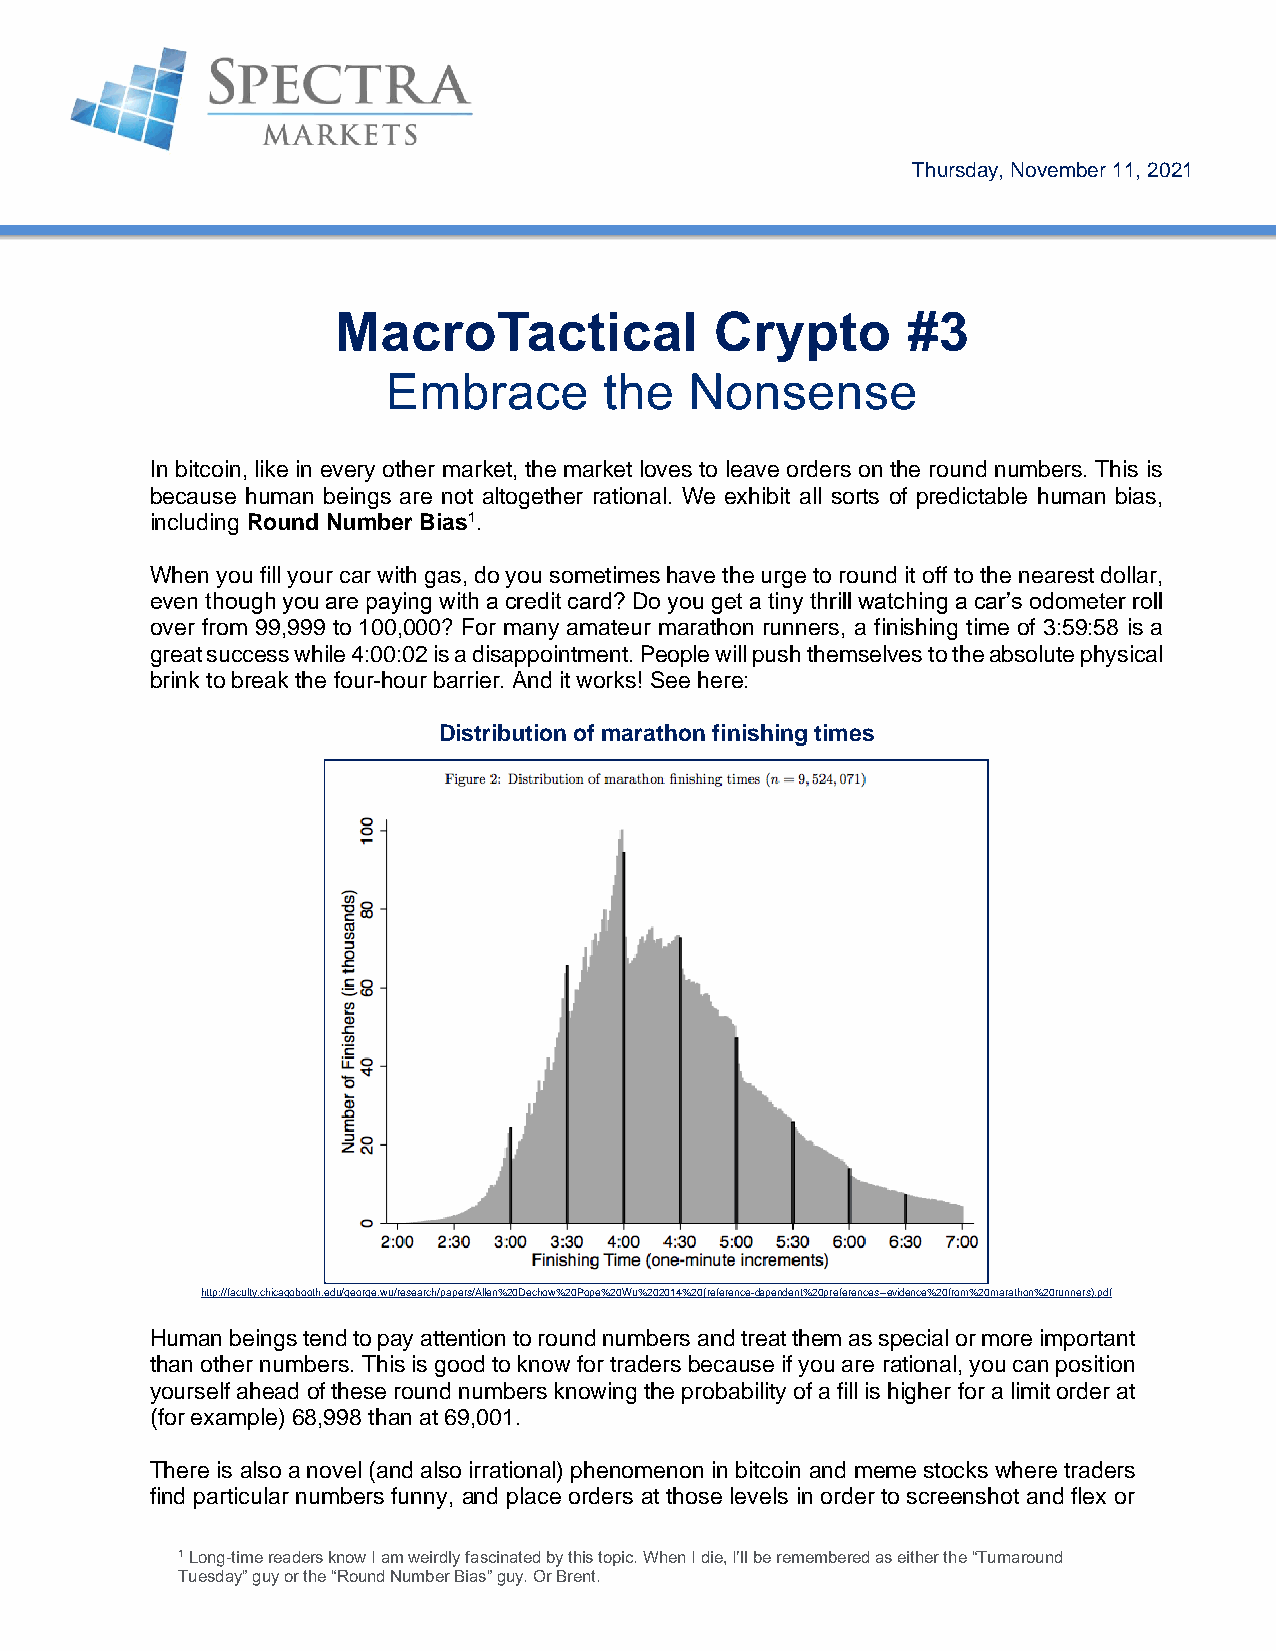
Thursday, November 11, 2021
 MacroTactical            Crypto       #3
 Embrace       the   Nonsense
 In bitcoin, like in every other market, the market loves to leave orders on the round numbers. This is
 because human beings are not altogether rational. We exhibit all sorts of predictable human bias,
 including Round Number Bias1.
 When you fill your car with gas, do you sometimes have the urge to round it off to the nearest dollar,
 even though you are paying with a credit card? Do you get a tiny thrill watching a car’s odometer roll
 over from 99,999 to 100,000? For many amateur marathon runners, a finishing time of 3:59:58 is a
 great success while 4:00:02 is a disappointment. People will push themselves to the absolute physical
 brink to break the four-hour barrier. And it works! See here:
 Distribution of marathon finishing times
 http://faculty.chicagobooth.edu/george.wu/research/papers/Allen%20Dechow%20Pope%20Wu%202014%20(reference-dependent%20preferences--evidence%20from%20marathon%20runners).pdf
 Human beings tend to pay attention to round numbers and treat them as special or more important
 than other numbers. This is good to know for traders because if you are rational, you can position
 yourself ahead of these round numbers knowing the probability of a fill is higher for a limit order at
 (for example) 68,998 than at 69,001.
 There is also a novel (and also irrational) phenomenon in bitcoin and meme stocks where traders
 find particular numbers funny, and place orders at those levels in order to screenshot and flex or
 1 Long-time readers know I am weirdly fascinated by this topic. When I die, I’ll be remembered as either the “Turnaround
 Tuesday” guy or the “Round Number Bias” guy. Or Brent.